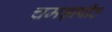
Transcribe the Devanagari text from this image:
चमड़ापीठ